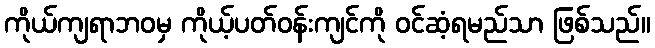
ကိုယ်ကျရာဘဝမှ ကိုယ့်ပတ်ဝန်းကျင်ကို ဝင်ဆံ့ရမည်သာ ဖြစ်သည်။